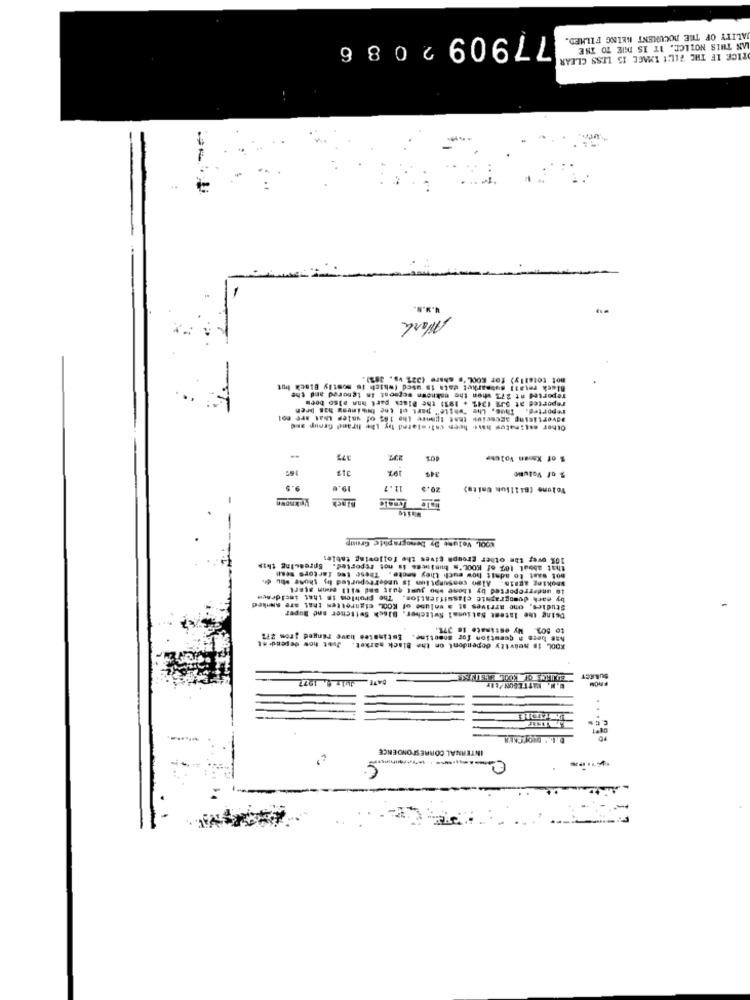
ALITY OF THE DOCUMENT KELING FILMED.
779092086
AN THIS NOTICE. IT IS DUE TO THE
RICE IF THE FILE IMAGE 15 LESS CLEAR
Mark
mot totally) for KOOL's share (321 vs. 38%).
Black retail submarket data is used (which is mostly Black but
reported at 27% when the esknown wegsost is ignored and the
reported. Thus, Lhe "white" part of the business has bren
reported at SJ2 1342 + 191) the Black part han piso been
advertising agescion that Ignore the 18; of salep that are not
Other estimates hast heen calistared by Lhe hirand Group and
377
101
1 of Xaoan Volume
317
% of VoluBle
19.0
11 .7
Yolume (Billion Unito)
VEknown
aile
Mol, Volume By Denographie Group
10% over the other groups gives the following tables
that about 18% of KOOL's business is not reported. Spreauing this
mot sast to admit how much they smoke. These too fartors mesi
Smoking REBis. Also consumatiim is undertoported thy those .hu
Im underreported by those who just quit and will enn aterl
by each demographic classificatios. The problem is that iscidracm
Studies, one arrives at a volume of KOOL cigarettes that are swiked
Doing the Istest National Switcher, Black Switcher and Ruper
to 503. My estimate is 371.
has bers n question for sometime. Estimates have ranged irom 212
Just how dependent
KOOL is heavily dependent on the Black market.
Jule 6. 1277
DAVE.
SUARAT
S.M. MATTESON/LEF
C.C
INTERNAL CORRESPONDENCE